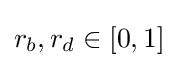
r_{b},r_{d}\in [0,1]